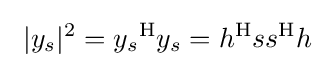
\ |y_{s}|^{2}={y_{s}}^{\mathrm {H} }y_{s}=h^{\mathrm {H} }ss^{\mathrm {H} }h